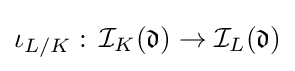
\iota _{L/K}:\,{\mathcal {I}}_{K}({\mathfrak {d}})\to {\mathcal {I}}_{L}({\mathfrak {d}})